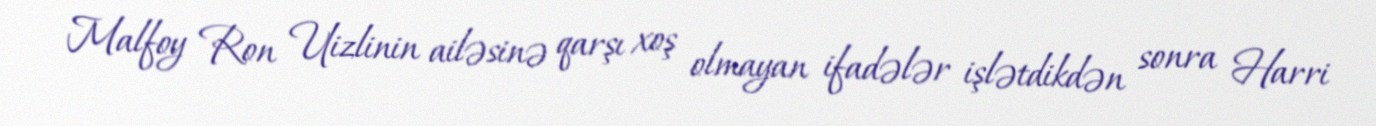
Malfoy Ron Uizlinin ailəsinə qarşı xoş olmayan ifadələr işlətdikdən sonra Harri